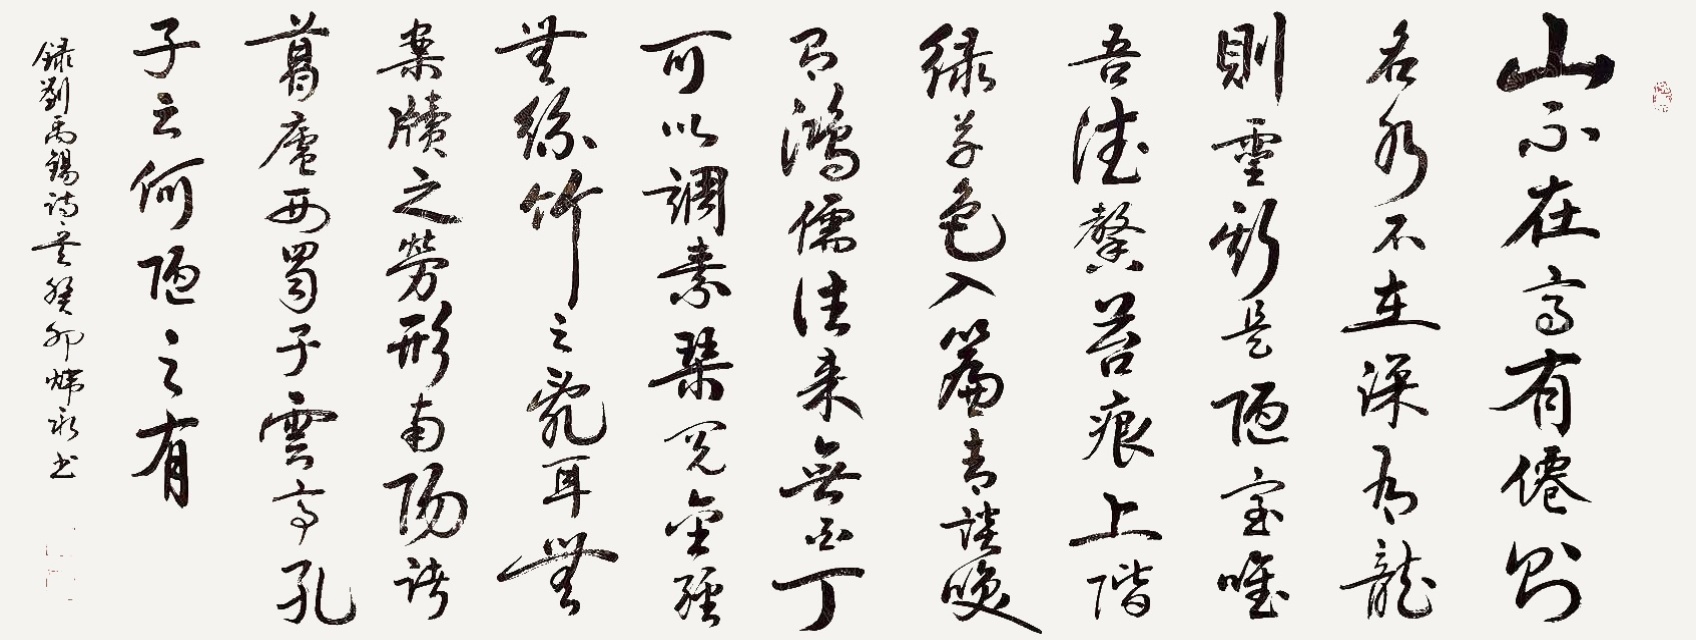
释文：山不在高，有仙则名。水不在深，有龙则灵。斯是陋室，惟吾德馨。苔痕上阶绿，草色入帘青。谈笑有鸿儒，往来无白丁。可以调素琴，阅金经。无丝竹之乱耳，无案牍之劳形。南阳诸葛庐，西蜀子云亭。孔子云：何陋之有？乙酉年仲夏，聂炜永书。